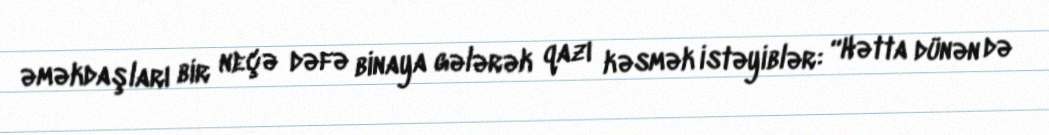
əməkdaşları bir neçə dəfə binaya gələrək qazı kəsmək istəyiblər: “Hətta dünən də